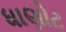
ધાણોટ